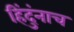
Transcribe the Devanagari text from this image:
हिंदुंनाच